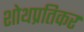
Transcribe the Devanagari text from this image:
शोथप्रतिकर